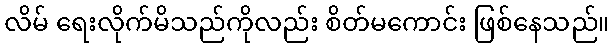
လိမ် ရေးလိုက်မိသည်ကိုလည်း စိတ်မကောင်း ဖြစ်နေသည်။